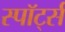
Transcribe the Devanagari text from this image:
स्पॉर्ट्स